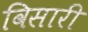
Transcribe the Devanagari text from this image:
विसारी